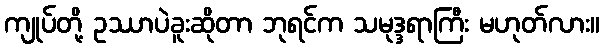
ကျုပ်တို့ ဥဿာပဲခူးဆိုတာ ဘုရင်က သမုဒ္ဒရာကြီး မဟုတ်လား။